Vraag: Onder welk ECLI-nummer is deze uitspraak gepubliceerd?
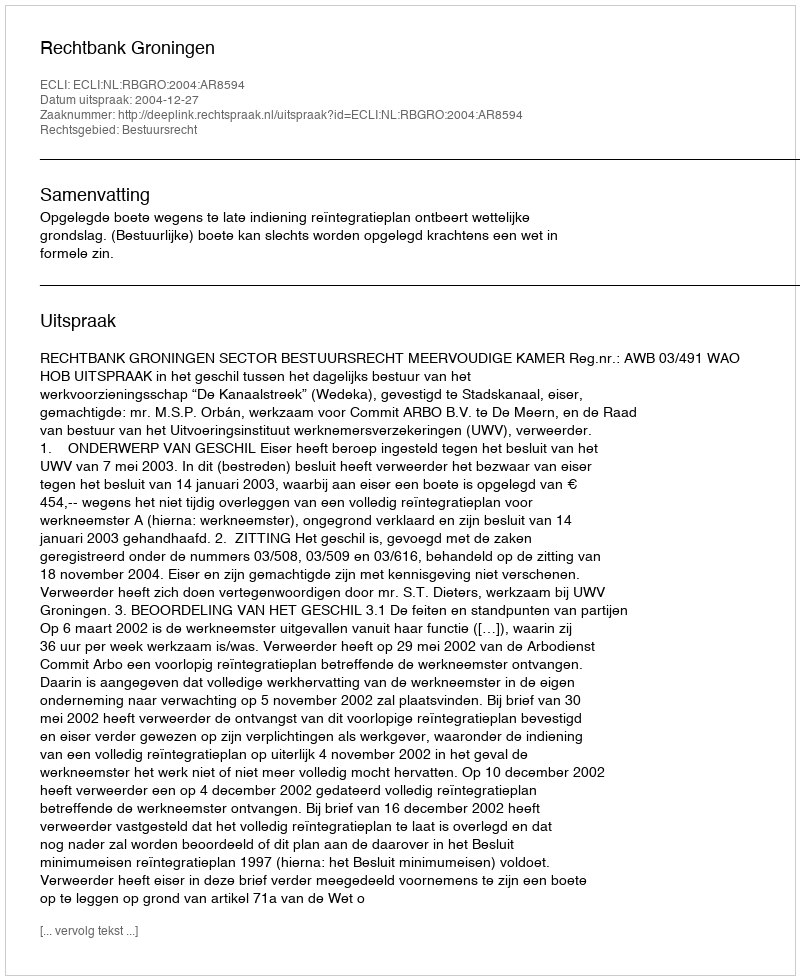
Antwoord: ECLI:NL:RBGRO:2004:AR8594